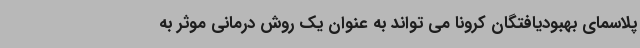
پلاسمای بهبودیافتگان کرونا می تواند به عنوان یک روش درمانی موثر به